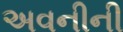
અવનીની